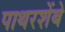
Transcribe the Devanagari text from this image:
पाथरशेंबे